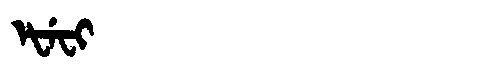
Manchu: ᡝᡶᡝᠸᡳ
Romanization: EFEFI